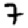
Digit: 7